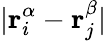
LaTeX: |\mathbf{r}_{i}^{\alpha}-\mathbf{r}_{j}^{\beta}|